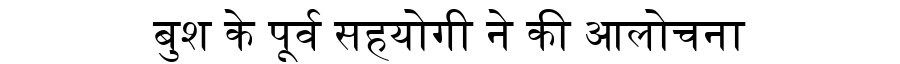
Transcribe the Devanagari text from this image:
बुश के पूर्व सहयोगी ने की आलोचना